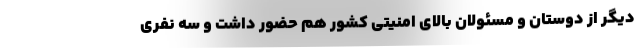
دیگر از دوستان و مسئولان بالای امنیتی کشور هم حضور داشت و سه نفری